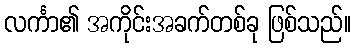
လင်္ကာ၏ အကိုင်းအခက်တစ်ခု ဖြစ်သည်။